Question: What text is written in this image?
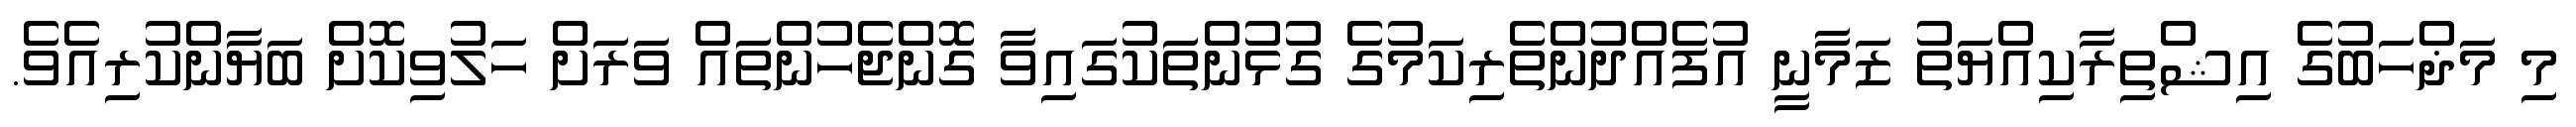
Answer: މި މަޛްހަބުގެ އިޝްތިރާކިއްޔަތު ޒަމާނީ އުފެއްދުންތެރިކަމުގެ ގުޅުންތަކުގައިވާ ގޮންޖެހުންތައް ވަރަށް ހަލުވިކޮށް ބަޔާންކުރިއެވެ.